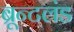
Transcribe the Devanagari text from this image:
ब्रून्टलंड